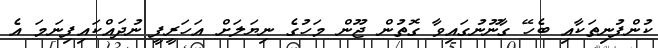
ކުންފުނިތަކާއި ބެހޭ ގާނޫނުގައިވާ ގޮތުން ޖޫން މަހުގެ ނިޔަލަށް އަހަރީފީ ނުދައްކައިފިނަމަ އެ